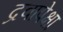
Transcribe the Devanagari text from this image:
द्रवापेक्षा